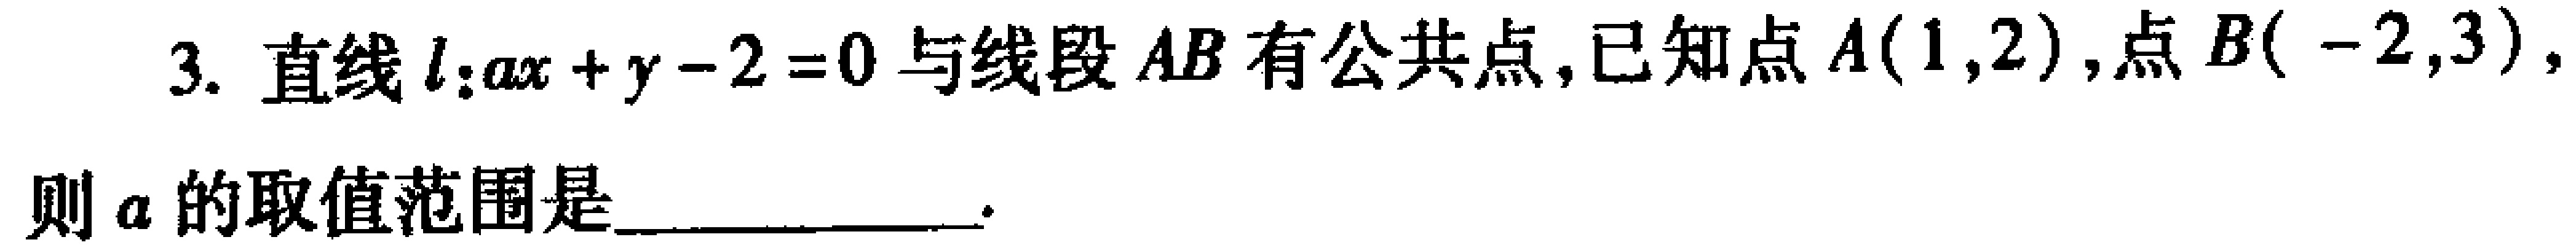
3. 直线\(l:ax + y - 2 = 0\)与线段\(AB\)有公共点，已知点\(A(1,2)\)，点\(B(-2,3)\)，则\(a\)的取值范围是______________.